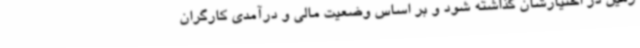
زمین در اختیارشان گذاشته شود و بر اساس وضعیت مالی و درآمدی کارگران